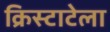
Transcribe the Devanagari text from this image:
क्रिस्टाटेला